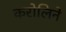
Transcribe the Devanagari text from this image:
करोलिने